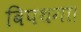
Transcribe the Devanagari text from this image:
विपथगा।